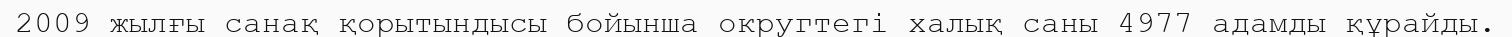
2009 жылғы санақ қорытындысы бойынша округтегі халық саны 4977 адамды құрайды.